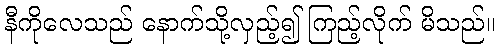
နီကိုလေသည် နောက်သို့လှည့်၍ ကြည့်လိုက် မိသည်။